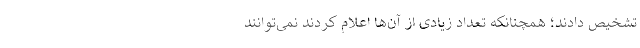
تشخیص دادند؛ همچنانکه تعداد زیادی از آن‌ها اعلام کردند نمی‌توانند